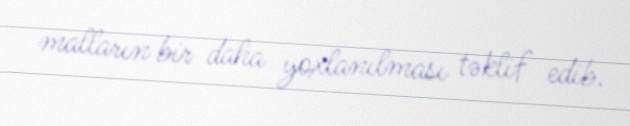
malların bir daha yoxlanılması təklif edib.